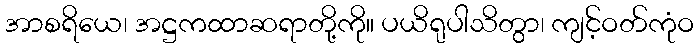
အာစရိယေ၊ အဋ္ဌကထာဆရာတို့ကို။ ပယိရုပါသိတွာ၊ ကျင့်ဝတ်ကုံဝ